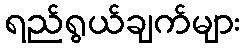
ရည်ရွယ်ချက်များ